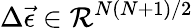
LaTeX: \Delta\vec{\epsilon}\in\mathcal{R}^{N(N+1)/2}